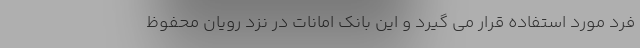
فرد مورد استفاده قرار می گیرد و این بانک امانات در نزد رویان محفوظ